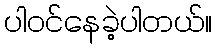
ပါဝင်နေခဲ့ပါတယ်။